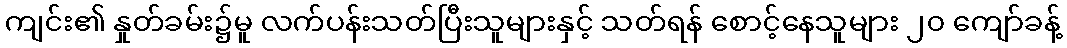
ကျင်း၏ နှုတ်ခမ်း၌မူ လက်ပန်းသတ်ပြီးသူများနှင့် သတ်ရန် စောင့်နေသူများ ၂၀ ကျော်ခန့်